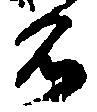
名